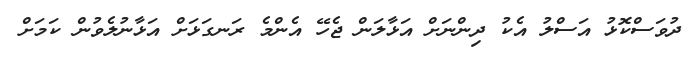
ދުވަސްކޮޅު އަސްލު އެކު ދިންނަށް އަޅާލަން ޖެހޭ އެންމެ ރަނގަޅަށް އަޅާނުލެވުން ކަމަށް